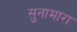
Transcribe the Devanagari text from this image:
सुनामारा